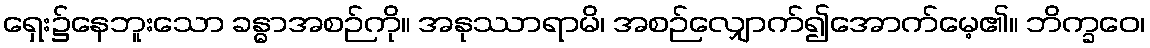
ရှေး၌နေဘူးသော ခန္ဓာအစဉ်ကို။ အနုဿာရာမိ၊ အစဉ်လျှောက်၍အောက်မေ့၏။ ဘိက္ခဝေ၊